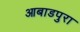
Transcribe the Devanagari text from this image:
आबाडपुरा